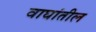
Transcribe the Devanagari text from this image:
वाघांतील